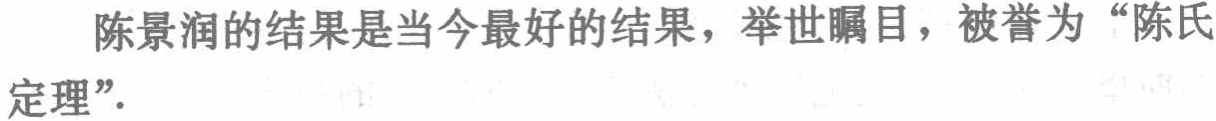
陈景润的结果是当今最好的结果，举世瞩目，被誉为“陈氏定理”.